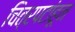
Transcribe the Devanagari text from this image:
चित्रपटांहून